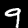
Digit: 9